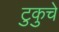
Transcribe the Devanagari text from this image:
टुकुचे